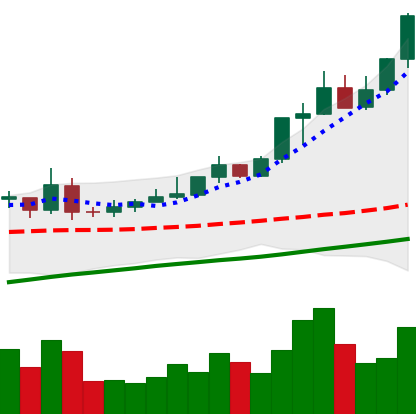
Ticker: XMR-USD
Chart end date: 2020-08-01
Forward return: 7.119%
Label: up_7plus